Report of the Indian Hemp Drugs Commission, 1894-1895 - Volume VII
Year: 1894
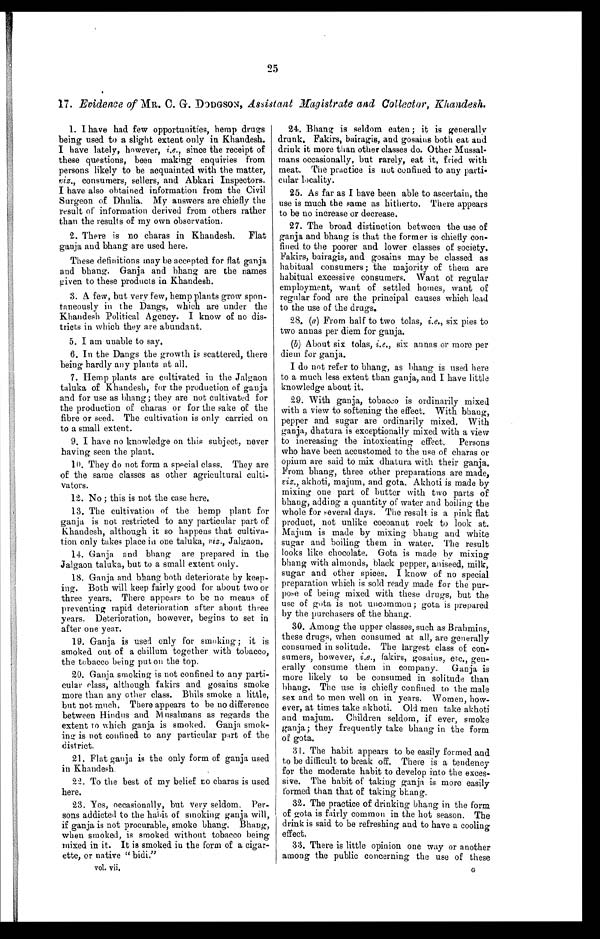
25
17. Evidence of MR. C. G. DODGSON, Assistant Magistrate and Collector, Khandesh.
1. I have had few opportunities, hemp drugs
being used to a slight extent only in Khandesh.
I have lately, however, i.e., since the receipt of
these questions, been making enquiries from
persons likely to be acquainted with the matter,
viz., consumers, sellers, and Abkari Inspectors.
I have also obtained information from the Civil
Surgeon of Dhulia. My answers are chiefly the
result of information derived from others rather
than the results of my own observation.
2. There is no charas in Khandesh. Flat
ganja and bhang are used here.
These definitions may be accepted for flat ganja
and bhang. Ganja and bhang are the names
given to these products in Khandesh.
3. A few, but very few, hemp plants grow spon
-
taneously in the Dangs, which are under the
Khandesh Political Agency. I know of no dis
-
tricts in which they are abundant.
5 . I a m u n a b l e t o s a y .
6. In the Dangs the growth is scattered, there
being hardly any plants at all.
7. Hemp plants are cultivated in the Jalgaon
taluka of Khandesh, for the production of ganja
and for use as bhang; they are not cultivated for
the production of charas or for the sake of the
fibre or seed. The cultivation is only carried on
to a small extent.
9. I have no knowledge on this subject, never
having seen the plant.
10. They do not form a special class. They are
of the same classes as other agricultural culti
-
vators.
12. No ; this is not the case here.
13.The cultivation of the hemp plant for
ganja is not restricted to any particular part of
Khandesh, although it so happens that cultiva
-
tion only takes place in one taluka, viz., Jalgaon.
14. Ganja and bhang are prepared in the
Jalgaon taluka, but to a small extent only.
18. Ganja and bhang both deteriorate by keep
-
ing. Both will keep fairly good for about two or
three years. There appears to be no means of
preventing rapid deterioration after about three
years. Deterioration, however, begins to set in
after one year.
19. Ganja is used only for smoking; it is
smoked out of a chillum together with tobacco,
the tobacco being put on the top.
20. Ganja smoking is not confined to any parti
-
cular class, although fakirs and gosains smoke
more than any other class. Bhils smoke a little,
but not much. There appears to be no difference
between Hindus and Musalmans as regards the
extent to which ganja is smoked. Ganja smok
-
i n g i s n o t c o n f i n e d t o a n y p a r t i c u l a r p a r t o f t h e
district.
21. Flat ganja is the only form of ganja used
in Khandesh.
22. To the best of my belief no charas is used
here.
23. Yes, occasionally, but very seldom. Per
-
sons addicted to the habit of smoking ganja will,
if ganja is not procurable, smoke bhang. Bhang,
when smoked, is smoked without tobacco being
mixed in it. It is smoked in the form of a cigar
-
ette, or native "bidi"
vol. vii.
24. Bhang is seldom eaten ; it is generally
drunk. Fakirs, bairagis, and gosains both eat and
drink it more than other classes do. Other Mussal
-
mans occasionally, but rarely, eat it, fried with
meat. The practice is not confined to any parti
-
cular locality.
25. As far as I have been able to ascertain, the
use is much the same as hitherto. There appears
to be no increase or decrease.
27. The broad distinction between the use of
ganja and bhang is that the former is chiefly con
-
fined to the poorer and lower classes of society.
Fakirs, bairagis, and gosains may be classed as
habitual consumers; the majority of them are
habitual excessive consumers. Want of regular
employment, want of settled homes, want of
regular food are the principal causes which lead
to the use of the drugs.
28. ( a ) From half to two tolas, i.e., six pies to
two annas per diem for ganja.
(b) About six tolas, i.e., six annas or more per
diem for ganja.
I do not refer to bhang, as bhang is used here
to a much less extent than ganja, and I have little
knowledge about it.
29. With ganja, tobacco is ordinarily mixed
with a view to softening the effect. With bhang,
pepper and sugar are ordinarily mixed. With
ganja, dhatura is exceptionally mixed with a view
to increasing the intoxicating effect. Persons
who have been accustomed to the use of charas or
opium are said to mix dhatura with their ganja.
From bhang, three other preparations are made,
viz., akhoti, majum, and gota. Akhoti is made by
mixing one part of butter with two parts of
bhang, adding a quantity of water and boiling the
whole for several days. The result is a pink flat
product, not unlike cocoanut rock to look at.
Majum is made by mixing bhang and white
sugar and boiling them in water. The result
looks like chocolate. Gota is made by mixing
bhang with almonds, black pepper, aniseed, milk,
sugar and other spices. I know of no special
preparation which is sold ready made for the pur
-
pose of being mixed with these drugs, but the
use of gota is not uncommon; gota is prepared
by the purchasers of the bhang.
30. Among the upper classes, such as Brahmins,
these drugs, when consumed at all, are generally
consumed in solitude. The largest class of con
-
sumers, however, i.e., fakirs, gosains, etc., gen
-
erally consume them in company. Ganja is
more likely to be consumed in solitude than
b h a n g . T h e u s e i s c h i e f l y c o n f i n e d t o t h e m a l e
sex and to men well on in years. Women, how
-
ever, at times take akhoti. Old men take akhoti
and majum. Children seldom, if ever, smoke
ganja; they frequently take bhang in the form
of gota.
31. The habit appears to he easily formed and
to be difficult to break off. There is a tendency
for the moderate habit to develop into the exces
-
sive. The habit of taking ganja is more easily
formed than that of taking bhang.
32. The practice of drinking bhang in the form
of gota is fairly common in the hot season. The
drink is said to be refreshing and to have a cooling
effect.
33. There is little opinion one way or another
among the public concerning the use of these